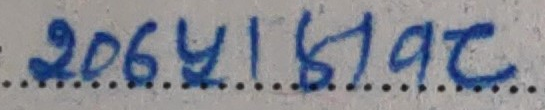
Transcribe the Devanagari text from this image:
२०६४।ऽ।१२